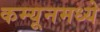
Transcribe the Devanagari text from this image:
कम्यूनमध्ये